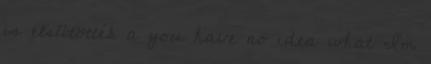
is elsütötték a you have no idea what I’m